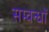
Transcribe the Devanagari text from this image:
सम्वन्धों